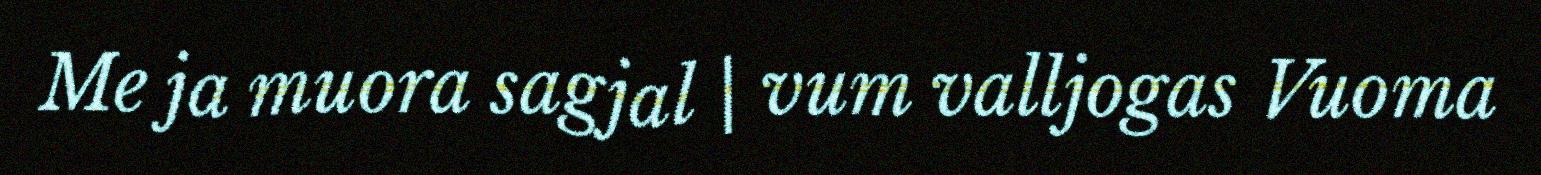
Me ja muora sagjal | vum valljogas Vuoma